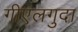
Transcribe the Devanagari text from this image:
गीएलगुदा